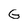
Character: G